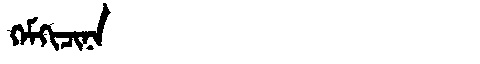
Manchu: ᡴᡝᠮᡴᡳᠴᡳᠨᠠ
Romanization: KEMKICINA